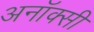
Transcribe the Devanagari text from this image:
अनॉक्सी